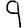
Digit: 9